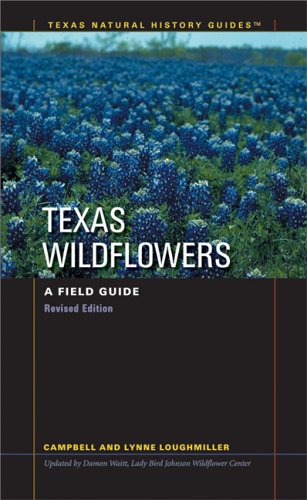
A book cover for Texas Wildflowers: A Field Guide (Texas Natural History Guides(TM)); Campbell Loughmiller; Travel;